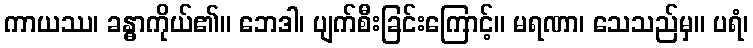
ကာယဿ၊ ခန္ဓာကိုယ်၏။ ဘေဒါ၊ ပျက်စီးခြင်းကြောင့်။ မရဏာ၊ သေသည်မှ။ ပရံ၊